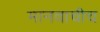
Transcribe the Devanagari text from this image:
मानवाचीच